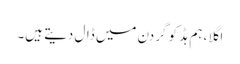
اگلا ، ہم ہڈ کو گردن میں ڈال دیتے ہیں۔